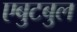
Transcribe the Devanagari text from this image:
एबुटबुल